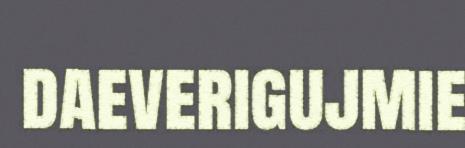
daeverigujmie